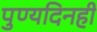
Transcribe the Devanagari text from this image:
पुण्यदिनही